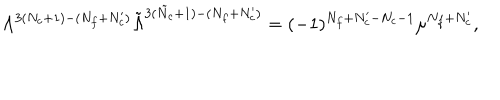
LaTeX: \Lambda ^ { 3 ( N _ { c } + 1 ) - ( N _ { f } + N _ { c } ^ { \prime } ) } \tilde { \Lambda } ^ { 3 ( \tilde { N } _ { c } + 1 ) - ( N _ { f } + N _ { c } ^ { \prime } ) } = ( - 1 ) ^ { N _ { f } + N _ { c } ^ { \prime } - N _ { c } - 1 } \mu ^ { N _ { f } + N _ { c } ^ { \prime } } ,